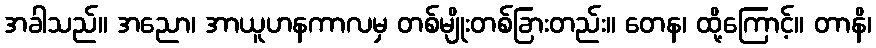
အခါသည်။ အညော၊ အာယူဟနကာလမှ တစ်မျိုးတစ်ခြားတည်း။ တေန၊ ထို့ကြောင့်။ တာနိ၊